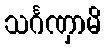
သင်္ဂဏှာမိ